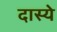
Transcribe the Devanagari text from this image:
दास्ये